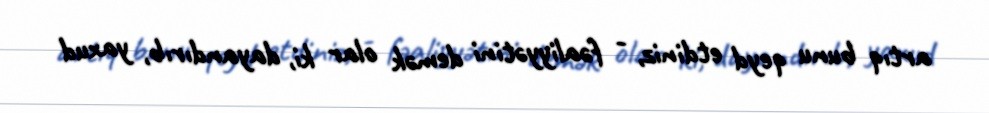
artıq bunu qeyd etdiniz, - fəaliyyətini demək olar ki, dayandırıb, yaxud